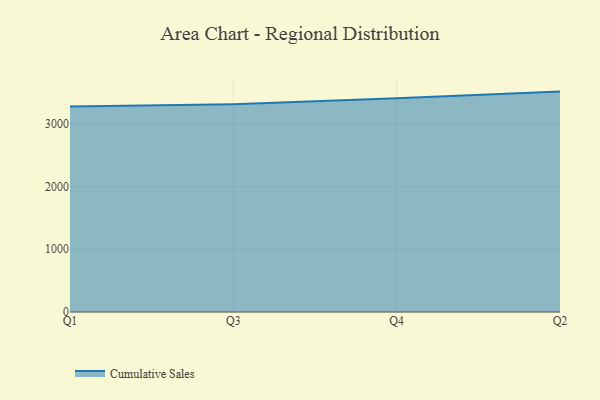
{"axis": {"x": "Quarter", "y": "Website Visitors"}, "legend": ["Cumulative Sales"], "data": [{"x": "Q1", "y": 3270.7, "type": "Cumulative Sales"}, {"x": "Q3", "y": 3309.1, "type": "Cumulative Sales"}, {"x": "Q4", "y": 3404.0, "type": "Cumulative Sales"}, {"x": "Q2", "y": 3508.8, "type": "Cumulative Sales"}]}